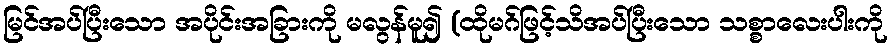
မြင်အပ်ပြီးသော အပိုင်းအခြားကို မလွန်မူ၍ (ထိုမဂ်ဖြင့်သိအပ်ပြီးသော သစ္စာလေးပါးကို